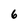
Character: 6